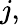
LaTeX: j,